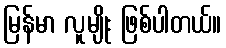
မြန်မာ လူမျိုး ဖြစ်ပါတယ်။